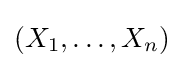
(X_{1},\dots ,X_{n})